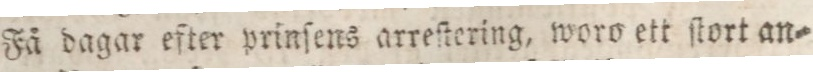
Få dagar efter prinſens arreſtering, woro ett ſtort an=